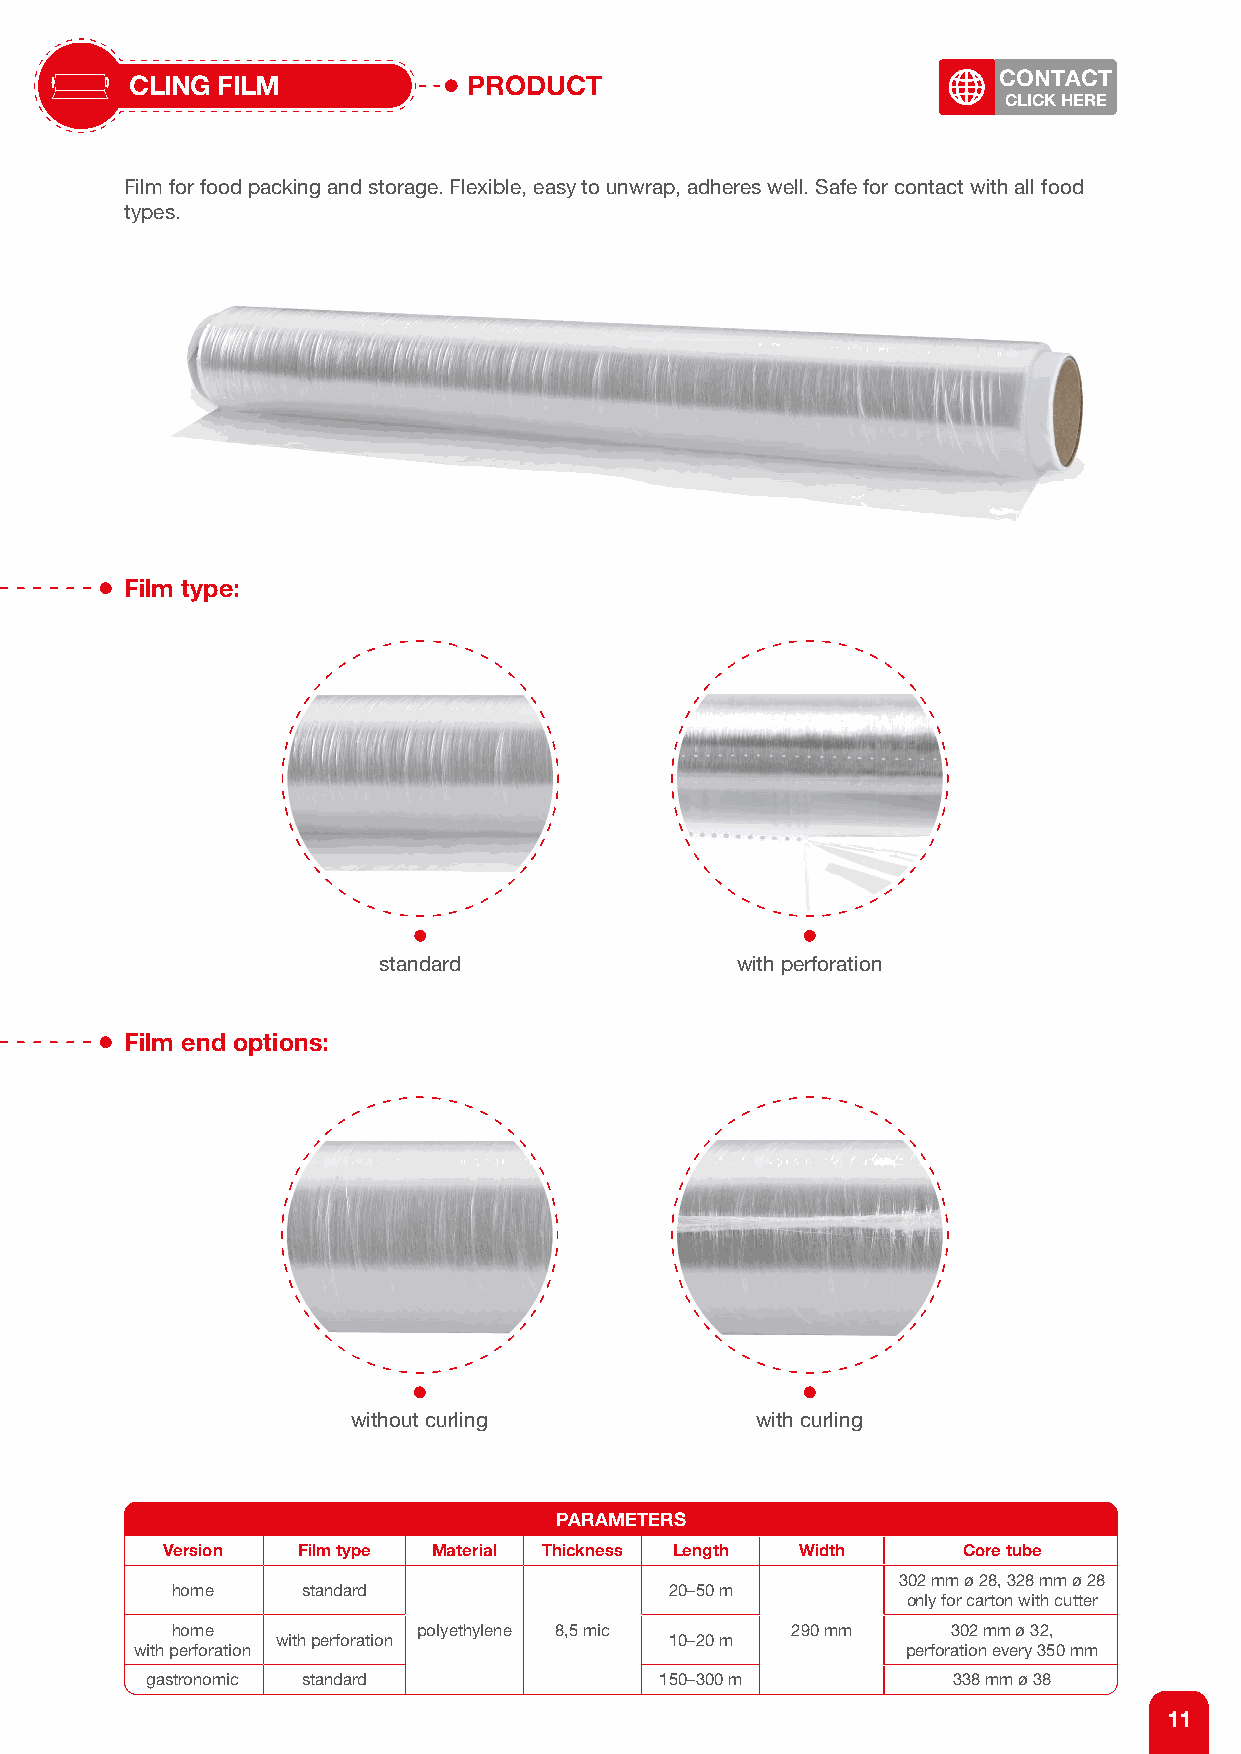
CLING FILM            PRODUCT                            CONTACT
 CLICK HERE
 Film for food packing and storage. Flexible, easy to unwrap, adheres well. Safe for contact with all food
 types.
 Film type:
 standard                with perforation
 Film end options:
 without curling            with curling
 PARAMETERS
 Version  Film type Material Thickness Length Width   Core tube
 302 mm ø 28, 328 mm ø 28
 home     standard                20–50 m
 only for carton with cutter
 home             polyethylene 8,5 mic    290 mm     302 mm ø 32,
 with perforation          10–20 m
 with perforation                                   perforation every 350 mm
 gastronomic standard              150–300 m          338 mm ø 38
 11